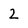
Character: 2